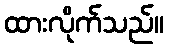
ထားလိုက်သည်။